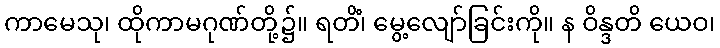
ကာမေသု၊ ထိုကာမဂုဏ်တို့၌။ ရတိံ၊ မွေ့လျော်ခြင်းကို။ န ဝိန္ဒတိ ယေဝ၊